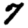
Digit: 7